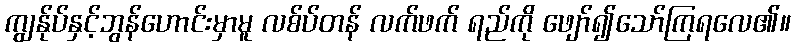
ကျွန်ုပ်နှင့်ဘွန်ဟောင်းမှာမူ လစ်ပ်တန် လက်ဖက် ရည်ကို ဖျော်၍သော်ကြရလေ၏။